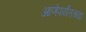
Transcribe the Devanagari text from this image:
आणेपर्यंतच्या